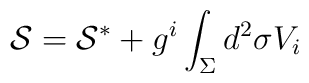
{\cal S}={\cal S}^* + g^i\int_\Sigma d^2\sigma V_i